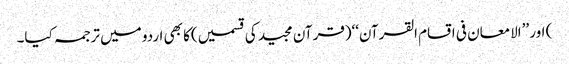
) اور ’’الامعان فی اقسام القرآن‘‘(قرآن مجید کی قسمیں)کا بھی اردو میں ترجمہ کیا۔